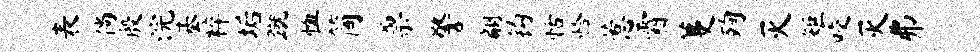
表倘殷浣基粹垢蹴恤简票警翩钩恬恰惹霜蔓殉灭矩咬灭弗